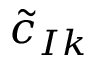
{ \boldsymbol { \widetilde { c } } } _ { I k }